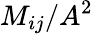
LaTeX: M_{ij}/A^{2}